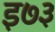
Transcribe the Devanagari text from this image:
इ७३